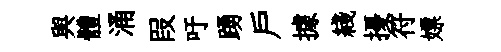
與體涌叚吁踴戸據綫擾符嫖